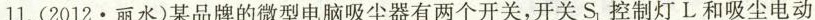
11.(2012\cdot 丽水)某品牌的微型电脑吸尘器有两个开关，开关S_{1}控制灯L和吸尘电动